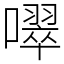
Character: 噿